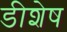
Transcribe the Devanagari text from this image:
डीशेष